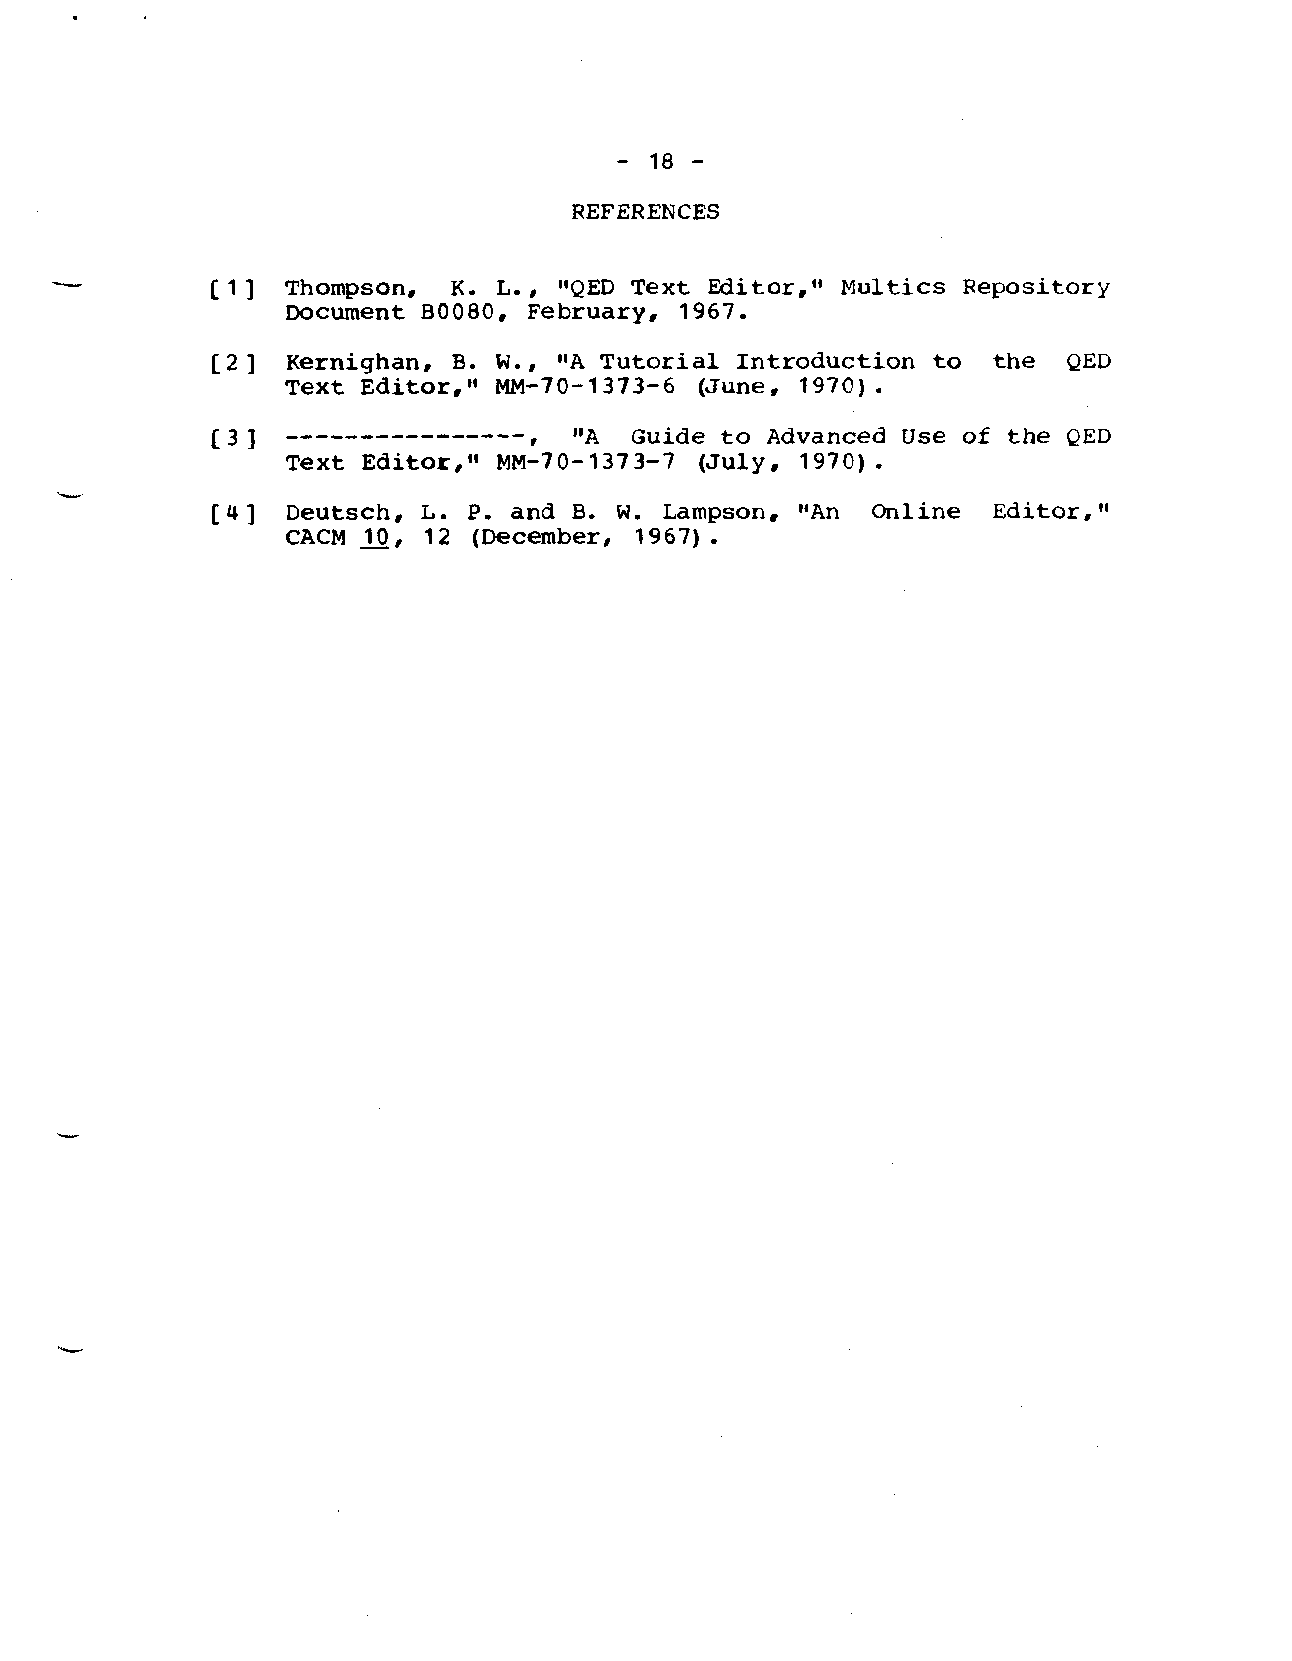
.
 -18-
 REFERENCES
 [1]  Thompson,  K. L., “QED Text Editor,” Multics Repository
 Document BO080, February, 1967.
 [2]  Kernighan, B. W., 11ATutorial Introduction to  the  QED
 Text Editor,’tMM-70-1373-6 (June, 1970).
 [3]  ----------------   l#A Guide to Advanced Use of the QED
 Text Editor,” MM170-1373-7 (July, 1970).
 [4]  Deutsch, L. P. and B. W. Lampson, “An  Online  Editor,”
 CACM —10, 12 (December, 1967).
 L